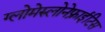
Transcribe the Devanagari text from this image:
ग्लोमेरुलोनेफ्राईटिस